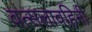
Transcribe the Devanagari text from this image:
वत्सलावहिनी